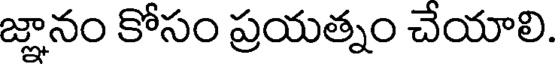
జ్ఞానం కోసం ప్రయత్నం చేయాలి.